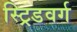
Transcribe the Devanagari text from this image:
स्ट्रिडवर्ग